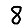
Digit: 8